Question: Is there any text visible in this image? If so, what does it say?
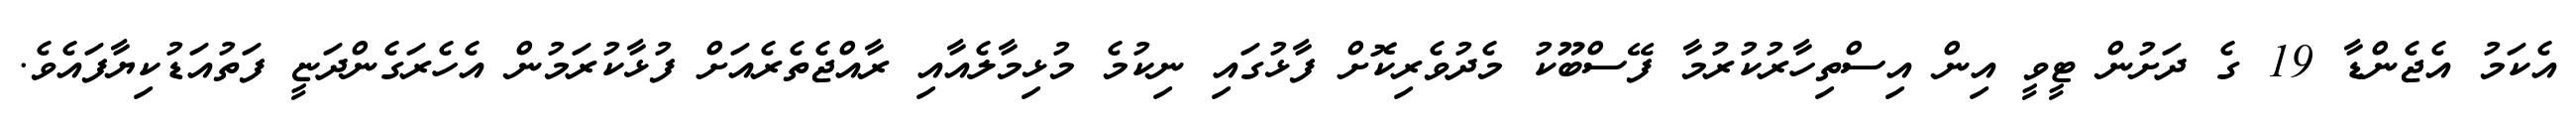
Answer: އެކަމު އެޖެންޑާ 19 ގެ ދަށުން ޓީވީ އިން އިސްތިހާރުކުރުމާ ފޭސްބޫކު މެދުވެރިކޮށް ފާޅުގައި ނިކުމެ މުޅިމާލެއާއި ރާއްޖެތެރެއަށް ފުޅާކުރަމުން އެހެރަގެންދަޏީ ފަތުއަޑުކިޔާފައެވެ.